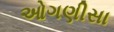
ઓગણીસા